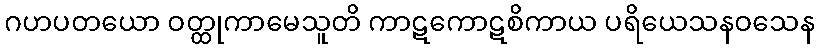
ဂဟပတယော ဝတ္ထုကာမေသူတိ ကာဋကောဋစိကာယ ပရိယေသနဝသေန